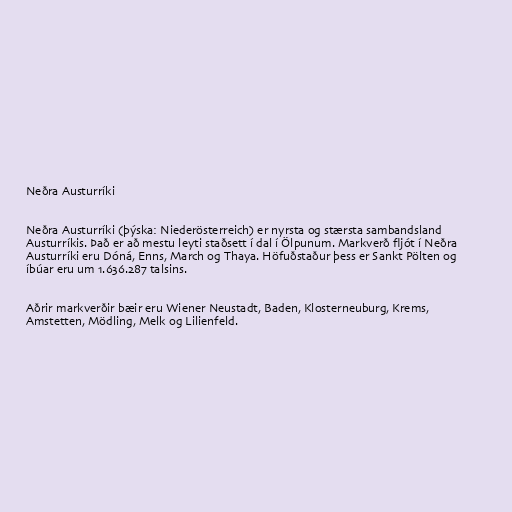
Neðra Austurríki

Neðra Austurríki (þýska: Niederösterreich) er nyrsta og stærsta sambandsland
Austurríkis. Það er að mestu leyti staðsett í dal í Ölpunum. Markverð fljót í Neðra
Austurríki eru Dóná, Enns, March og Thaya. Höfuðstaður þess er Sankt Pölten og
íbúar eru um 1.636.287 talsins.

Aðrir markverðir bæir eru Wiener Neustadt, Baden, Klosterneuburg, Krems,
Amstetten, Mödling, Melk og Lilienfeld.